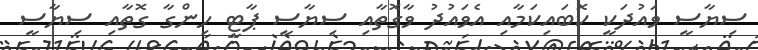
ސިޔާސީ ވައުދަކީ ކޮބައިކަމާއި އެވައުދު ވާގޮތާއި ސިޔާސީ ޕާޓީ ހިންގާ ގޮތާއި ސިޔާސީ